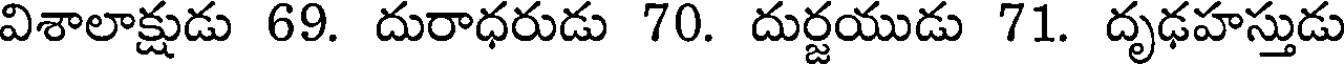
విశాలాక్షుడు 69. దురాధరుడు 70. దుర్జయుడు 71. దృఢహస్తుడు